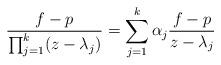
LaTeX: \begin{align*}\frac{f-p}{\prod_{j=1}^k (z-\lambda_j)}=\sum_{j=1}^k \alpha_j \frac{f-p}{z-\lambda_j}\end{align*}